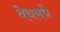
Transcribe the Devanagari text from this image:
वेधमधे